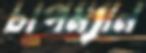
চাপম্যান